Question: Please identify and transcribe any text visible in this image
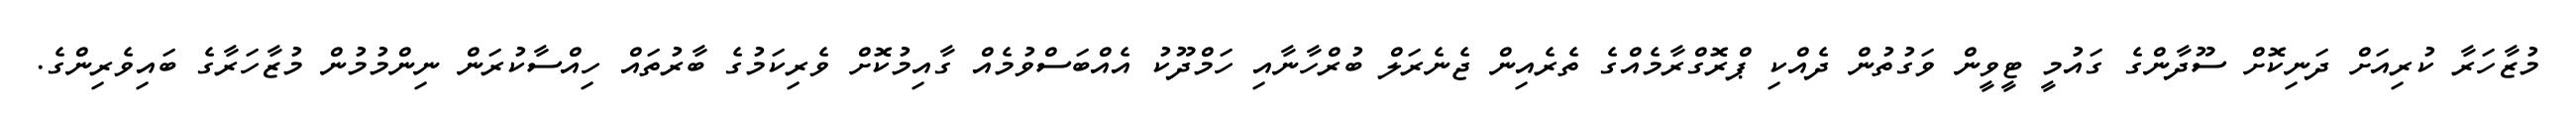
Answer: މުޒާހަރާ ކުރިއަށް ދަނިކޮށް ސޫދާންގެ ގައުމީ ޓީވީން ވަގުތުން ދެއްކި ޕްރޮގްރާމެއްގެ ތެރެއިން ޖެނެރަލް ބުރްހާނާއި ހަމްދޫކު އެއްބަސްވުމެއް ގާއިމުކޮށް ވެރިކަމުގެ ބާރުތައް ހިއްސާކުރަން ނިންމުމުން މުޒާހަރާގެ ބައިވެރިންގެ.